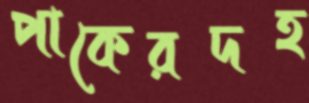
পাকেরদহ